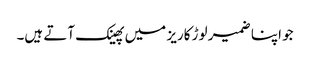
جو اپنا ضمیر لوڑ کاریز میں پھینک آتے ہیں۔